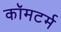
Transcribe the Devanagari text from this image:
कॉमटर्म